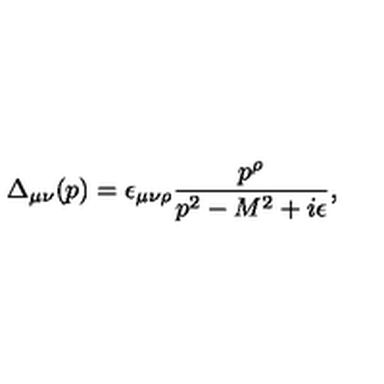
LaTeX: \Delta _ { \mu \nu } ( p ) = \epsilon _ { \mu \nu \rho } \frac { p ^ { \rho } } { p ^ { 2 } - M ^ { 2 } + i \epsilon } ,